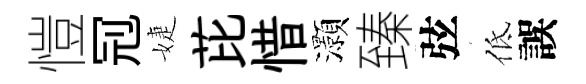
愷𠜍婕芘惜灝臻弦低誤